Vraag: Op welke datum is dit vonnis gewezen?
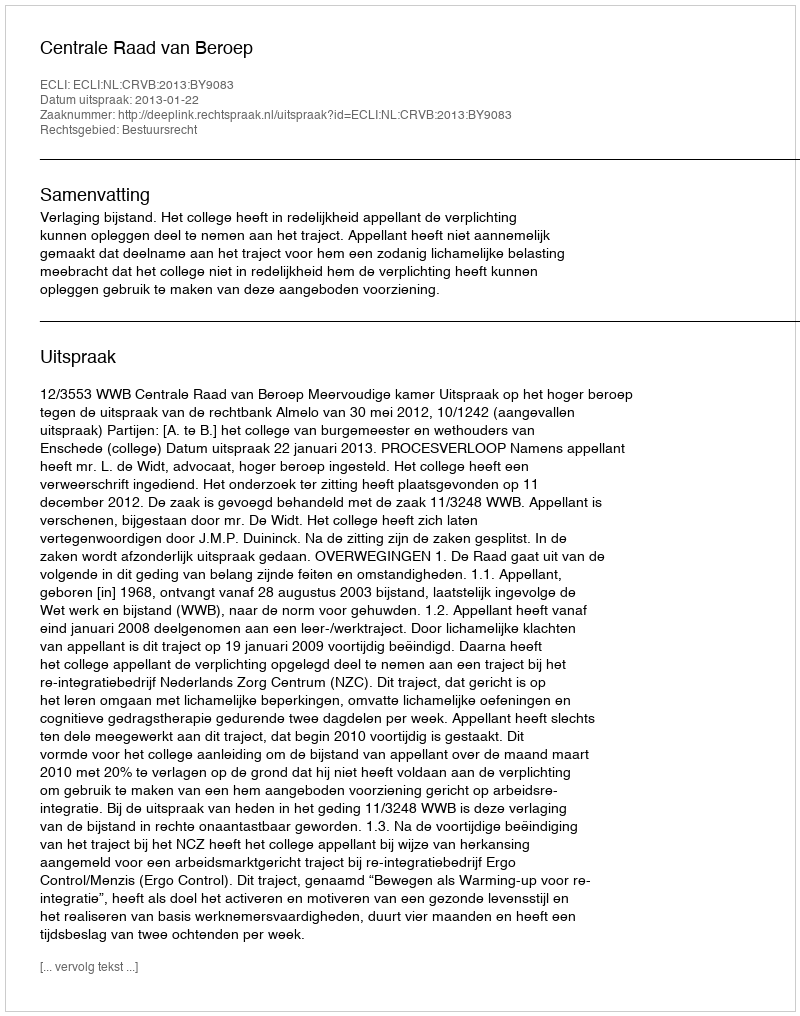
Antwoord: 2013-01-22